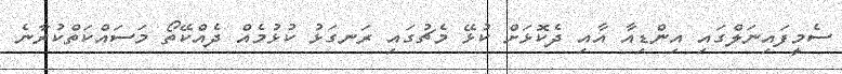
ސެމީފައިނަލްގައި އިންޑިއާ އާއި ދެކޮޅަށް ކުޅޭ މެޗުގައި ރަނގަޅު ކުޅުމެއް ދެއްކޭތޯ މަސައްކަތްކުރާނެ